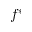
f ^ { * }